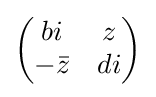
{\begin{pmatrix}bi&z\\-{\bar {z}}&di\end{pmatrix}}